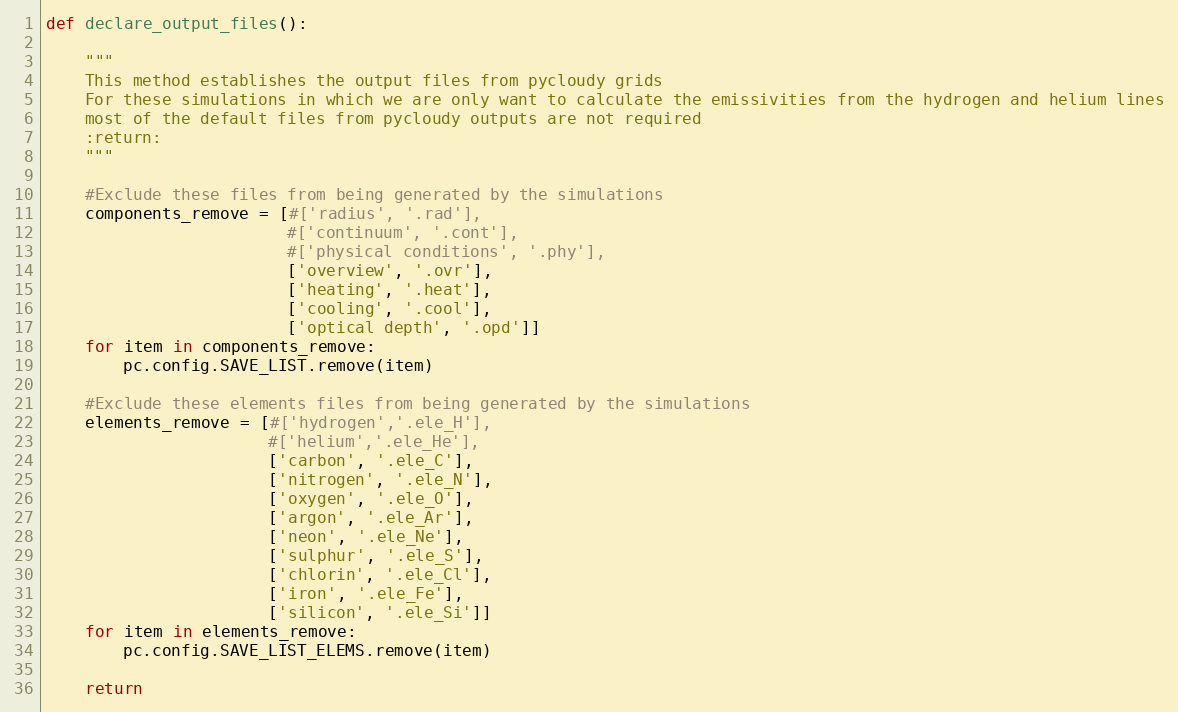
Language: Python
def declare_output_files():

    """
    This method establishes the output files from pycloudy grids
    For these simulations in which we are only want to calculate the emissivities from the hydrogen and helium lines
    most of the default files from pycloudy outputs are not required
    :return:
    """

    #Exclude these files from being generated by the simulations
    components_remove = [#['radius', '.rad'],
                         #['continuum', '.cont'],
                         #['physical conditions', '.phy'],
                         ['overview', '.ovr'],
                         ['heating', '.heat'],
                         ['cooling', '.cool'],
                         ['optical depth', '.opd']]
    for item in components_remove:
        pc.config.SAVE_LIST.remove(item)

    #Exclude these elements files from being generated by the simulations
    elements_remove = [#['hydrogen','.ele_H'],
                       #['helium','.ele_He'],
                       ['carbon', '.ele_C'],
                       ['nitrogen', '.ele_N'],
                       ['oxygen', '.ele_O'],
                       ['argon', '.ele_Ar'],
                       ['neon', '.ele_Ne'],
                       ['sulphur', '.ele_S'],
                       ['chlorin', '.ele_Cl'],
                       ['iron', '.ele_Fe'],
                       ['silicon', '.ele_Si']]
    for item in elements_remove:
        pc.config.SAVE_LIST_ELEMS.remove(item)

    return